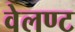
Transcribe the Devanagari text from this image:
वेलण्ट